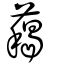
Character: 藒